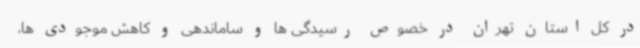
در کل استان تهران در خصوص رسیدگی ها و ساماندهی و کاهش موجودی ها،